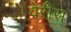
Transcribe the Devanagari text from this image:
वेरीस्